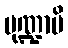
မုဏ္ဍာပိ